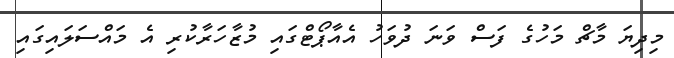
މިދިޔަ މާޗް މަހުގެ ފަސް ވަނަ ދުވަހު އެއާޕޯޓްގައި މުޒާހަރާކުރި އެ މައްސަލައިގައި